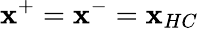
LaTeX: \mathbf{x}^{+}=\mathbf{x}^{-}=\mathbf{x}_{HC}